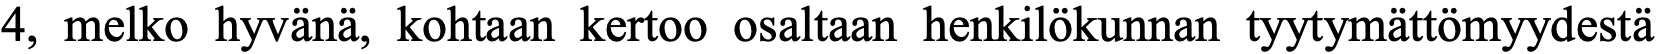
4, melko hyvänä, kohtaan kertoo osaltaan henkilökunnan tyytymättömyydestä